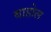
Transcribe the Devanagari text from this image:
बाहोल